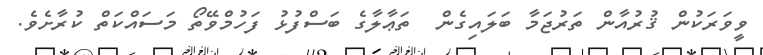
ވީވަރަކުން ޤުރުއާން ތަރުޖަމާ ބަލައިގެން  ތަޢާލާގެ ބަސްފުޅު ފަހުމްވޭތޯ މަސައްކަތް ކުރާށެވެ.